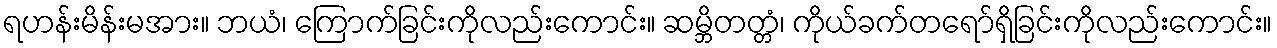
ရဟန်းမိန်းမအား။ ဘယံ၊ ကြောက်ခြင်းကိုလည်းကောင်း။ ဆမ္ဘိတတ္တံ၊ ကိုယ်ခက်တရော်ရှိခြင်းကိုလည်းကောင်း။